Veterinary [1904] -
Year: 1904
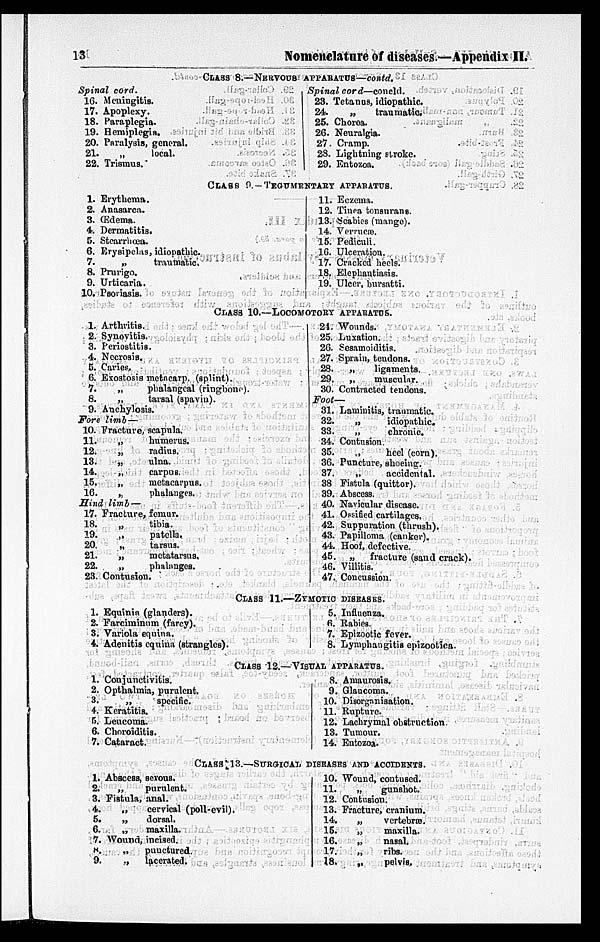
13
Nomenclature of diseases.—Appendix II.
CLASS 8.—NERVOUS APPARATUS—contd.
Spinal cord.
16.
17.
18.
19.
20.
21.
22.
Meningitis.
Apoplexy.
Paraplegia.
Hemiplegia.
Paralysis, general.
„
local.
Trismus.
Spinal cord—concld.
23.
24.
25.
26.
27.
28.
29.
Tetanus, idiopathic.
„
traumatic.
Chorea.
Neuralgia.
Cramp.
Lightning stroke.
Entozoa.
CLASS 9. —TEGUMENTARY APPARATUS.
1.
2.
3.
4.
5.
6.
7.
8.
9.
10.
Erythema.
Anasarca.
Œdema.
Dermatitis.
Stearrhœa.
Erysipelas, idiopathic.
„
traumatic.
Prurigo.
Urticaria.
Psoriasis.
11.
12.
13.
14.
15.
16.
17.
18.
19.
Eezema.
Tinea tonsurans.
Scabies (mange).
Verrucæ.
Pediculi.
Ulceration.
Cracked heels.
Elephantiasis.
Ulcer, bursatti.
CLASS 10.—LOCOMOTORY APPARATUS.
1.
2.
3.
4.
5.
6.
7.
8.
9.
Arthritis.
Synovitis.
Periostitis.
Necrosis.
Caries.
Exostosis metacarp. (splint).
„
phalangeal (ringbone).
„
tarsal (spavin).
Anchylosis.
Fore limb—
10.
11.
12.
13.
14.
15.
16.
Fracture, scapula.
„
humerus.
„
radius.
„
ulna.
„
carpus.
„
metacarpus.
„
phalanges.
Hina limb—
17.
18.
19.
20.
21.
22.
23.
Fracture, femur.
„
tibia.
„ patella.
„
tarsus.
„
metatarsus.
„
phalanges.
Contusion.
24.
25.
26.
27.
28.
29.
30.
Foot—
31.
32.
33.
34.
35.
36.
37.
38
39.
40.
41.
42.
43.
44.
45.
46.
47.
Wounds.
Luxation.
Sesamoiditis.
Sprain, tendons.
„
ligaments.
„
muscular.
Contracted tendons.
Laminitis, traumatic.
„
idiopathic.
„
chronic.
Contusion.
„ heel (corn).
Puncture, shoeing.
„
accidental.
Fistula (quittor).
Abscess.
Navicular disease.
Ossified cartilages.
Suppuration (thrush).
Papilloma (canker).
Hoof, defective.
„
fracture (sand crack).
Villitis.
Concussion.
CLASS 11.—ZYMOTIC DISEASES.
1.
2.
3.
4.
Equinin (glanders).
Farciminum (farcy).
Variola equina.
Adenitis equina (strangles).
5.
6.
7.
8.
Influenza.
Rabies.
Epizootic fever.
Lymphangitis epizootica.
CLASS 12.—VISUAL APPARATUS.
1.
2.
3.
4.
5.
6.
7.
Conjunctivitis.
Opthalmia, purulent.
„
specific.
Keratitis.
Leucoma.
Choroiditis.
Cataract.
8.
9.
10.
11.
12.
13.
14.
Amaurosis.
Glaucoma.
Disorganisation.
Rupture.
Lachrymal obstruction.
Tumour.
Entozoa.
CLASS 13.—SURGICAL DISEASES AND ACCIDENTS.
1.
2.
3.
4.
5.
6.
7.
8.
9.
Abscess, serous.
„
purulent.
Fistula, anal.
„
cervical (poll-evil).
„
dorsal.
„
maxilla.
Wound, incised.
„
punctured.
„ lacerated.
10.
11.
12.
13.
14.
15.
16.
17.
18.
Wound, contused.
„
gunshot.
Contusion.
Fracture, cranium.
„
vertebra.
„ maxilla.
„
nasal.
„
ribs.
„ pelvis.